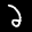
Label: 2